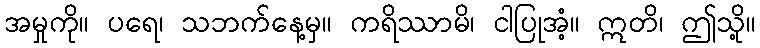
အမှုကို။ ပရေ၊ သဘက်နေ့မှ။ ကရိဿာမိ၊ ငါပြုအံ့။ ဣတိ၊ ဤသို့။